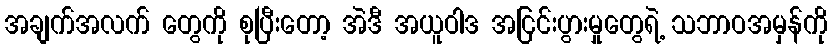
အချက်အလက် တွေကို စုပြီးတော့ အဲဒီ အယူဝါဒ အငြင်းပွားမှုတွေရဲ့ သဘာဝအမှန်ကို